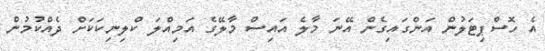
އެ ހޮސްޕިޓަލުން އަންގައިގެން އޭނަ މާލެ އައިސް މާލޭގެ އަމިއްލަ ކްލިނިކަކަށް ދެއްކުމުން